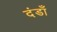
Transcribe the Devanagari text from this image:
दंडाँ